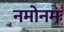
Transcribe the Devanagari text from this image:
नमोनमः